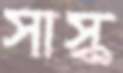
সাস্ক